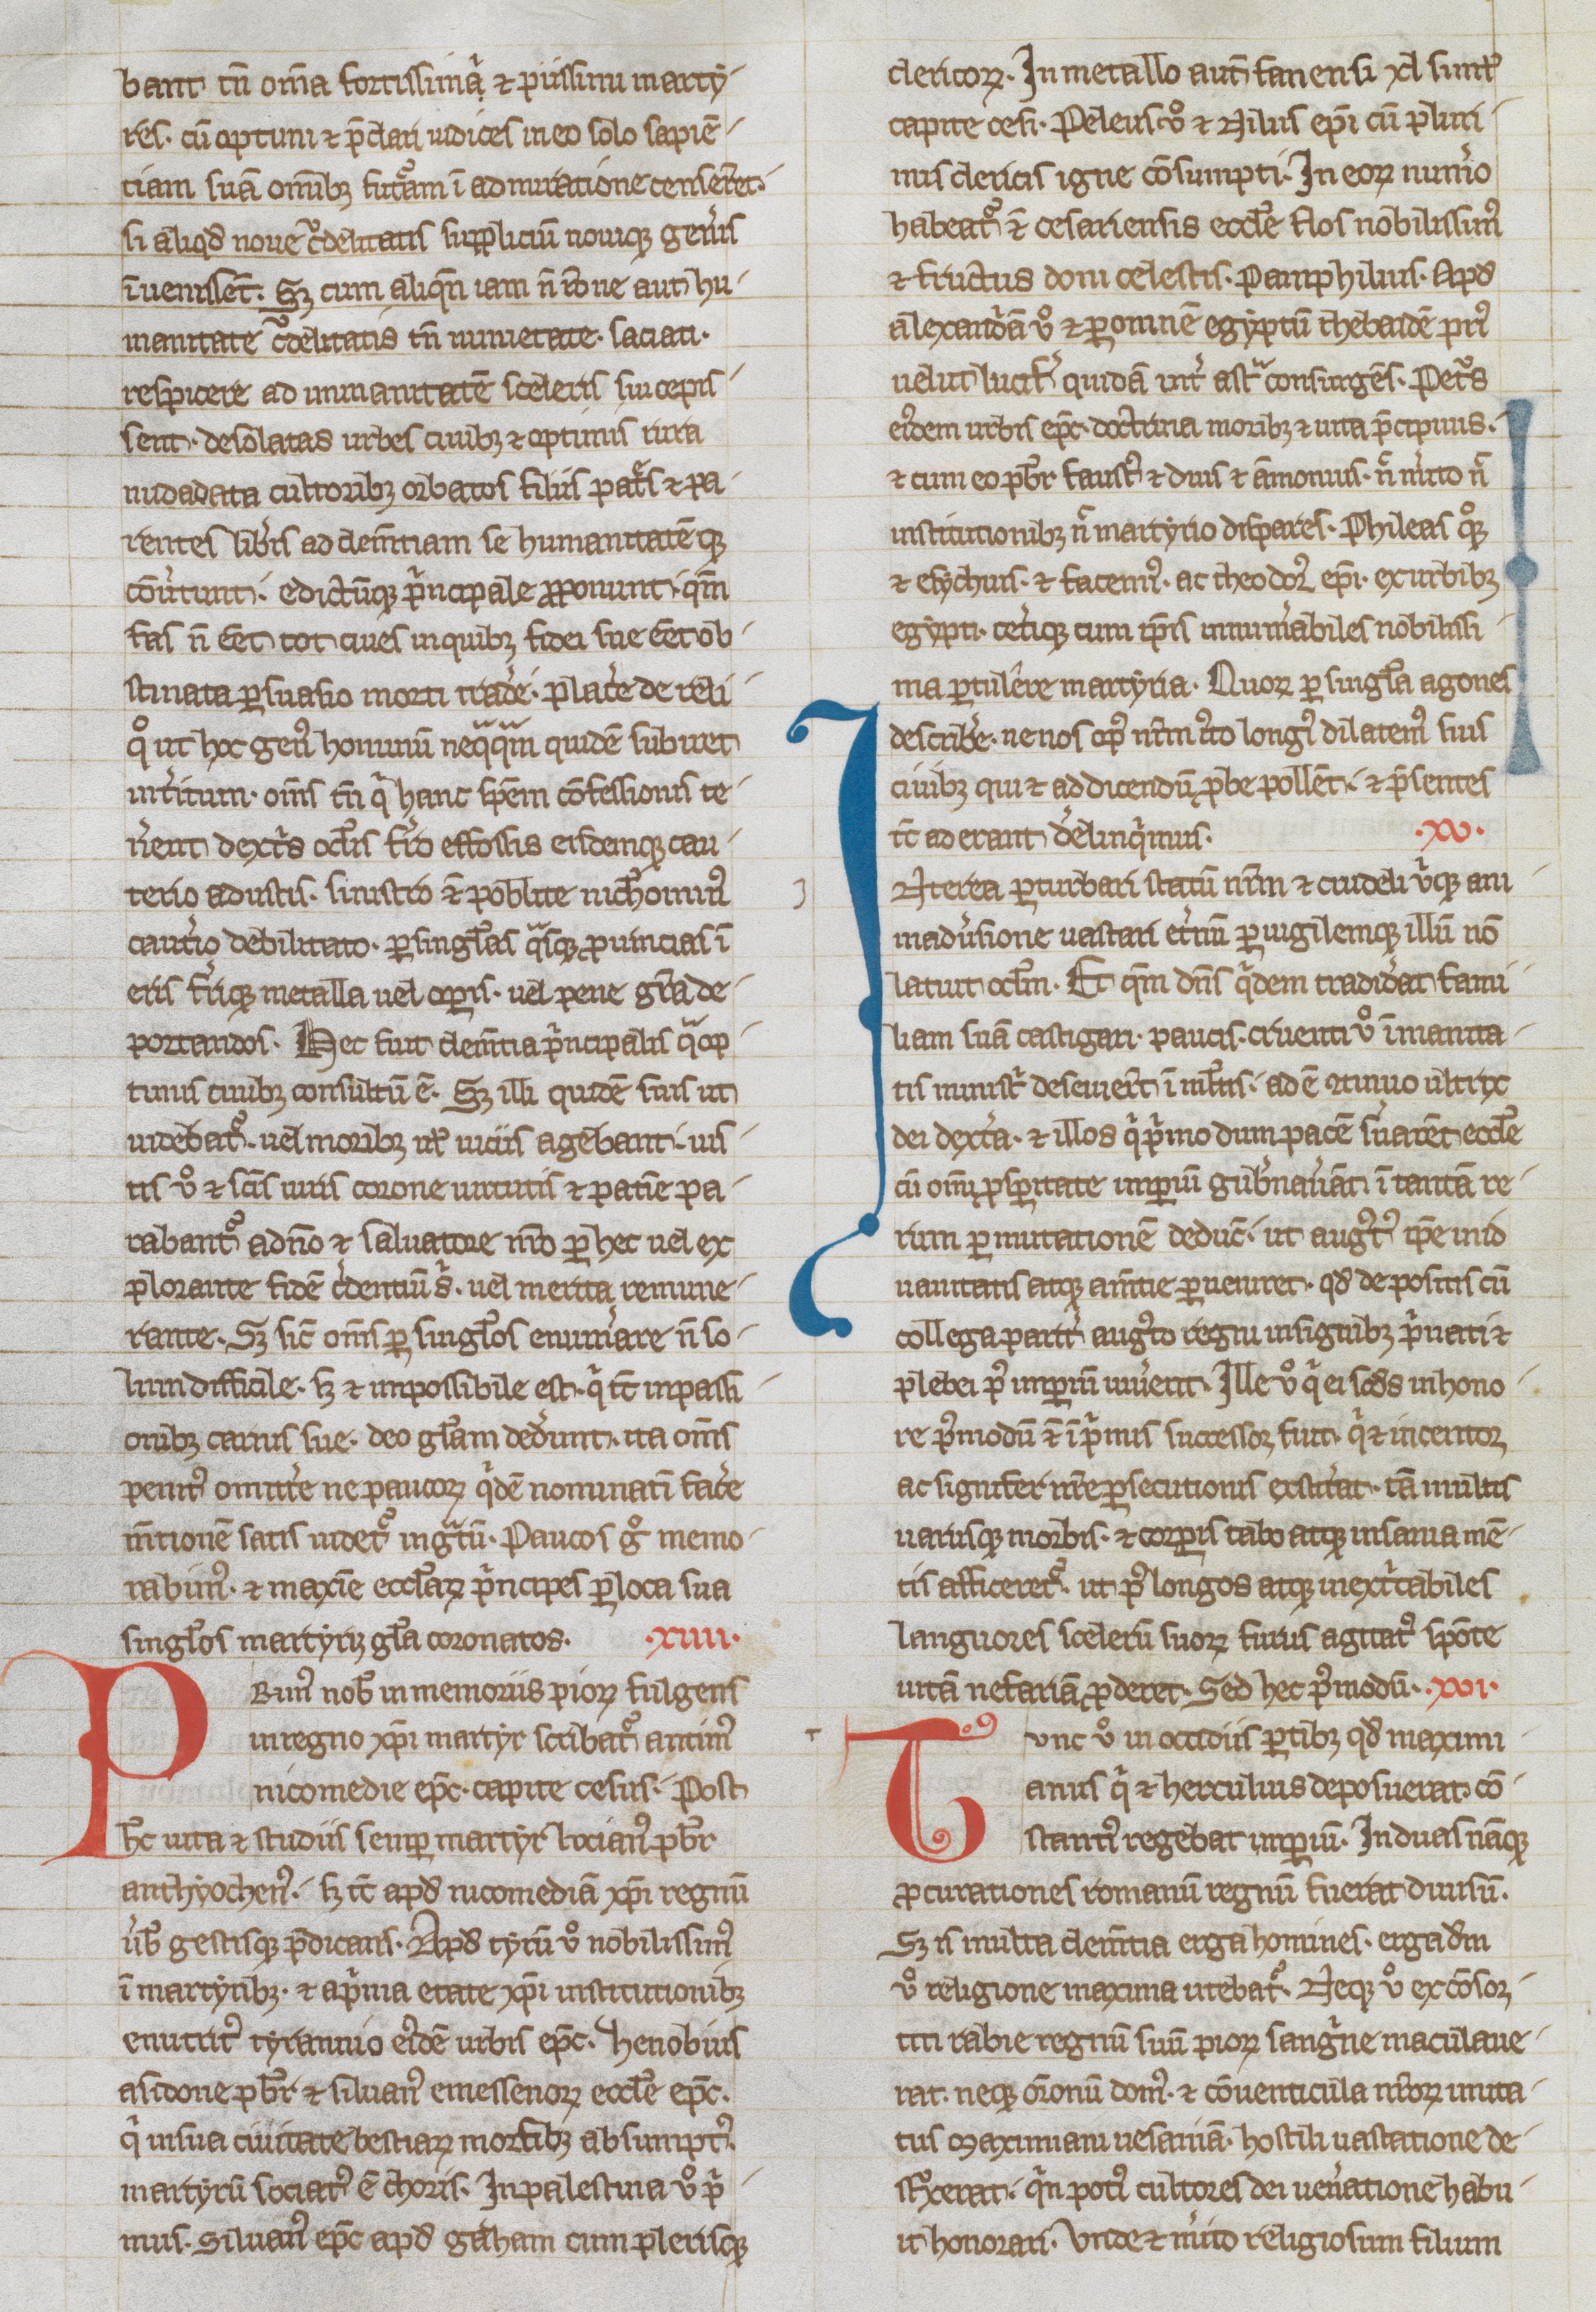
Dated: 1250–1299